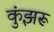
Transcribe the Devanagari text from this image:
कुंझरू